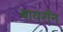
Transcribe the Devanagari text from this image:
बायराॅन